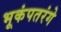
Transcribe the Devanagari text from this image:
भूकंपतरंगे